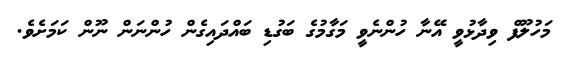
މަހުލޫފް ވިދާޅުވީ އޭނާ ހުންނެވީ މަގާމުގެ ބަގުޑި ބައްދައިގެން ހުންނަން ނޫން ކަމަށެވެ.